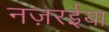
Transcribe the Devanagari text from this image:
नज़रईया